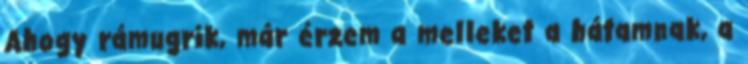
Ahogy rámugrik, már érzem a melleket a hátamnak, a